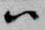
ハ